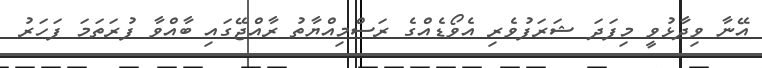
އޭނާ ވިދާޅުވީ މިފަދަ ޝަރަފުވެރި އެވޯޑެއްގެ ރަސްމިއްޔާތު ރާއްޖޭގައި ބާއްވާ ފުރަތަމަ ފަހަރު